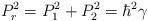
LaTeX: \begin{align*}P_{r}^{2}=P_{1}^{2}+P_{2}^{2}=\hbar ^{2}\gamma\end{align*}